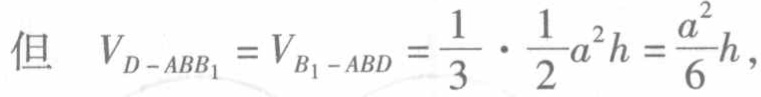
但 \(V_{D - ABB_1}=V_{B_1 - ABD}=\frac{1}{3}\cdot\frac{1}{2}a^{2}h = \frac{a^{2}h}{6},\)